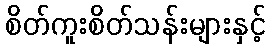
စိတ်ကူးစိတ်သန်းများနှင့်